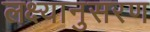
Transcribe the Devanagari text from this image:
लक्ष्यानुसरण